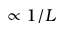
\propto 1 / L